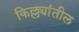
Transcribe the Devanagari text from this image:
किल्ल्यांतील